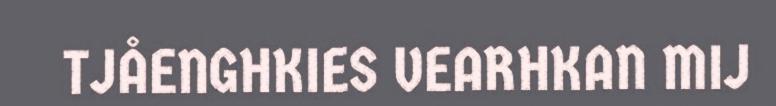
TJÅENGHKIES VEARHKAN MIJ